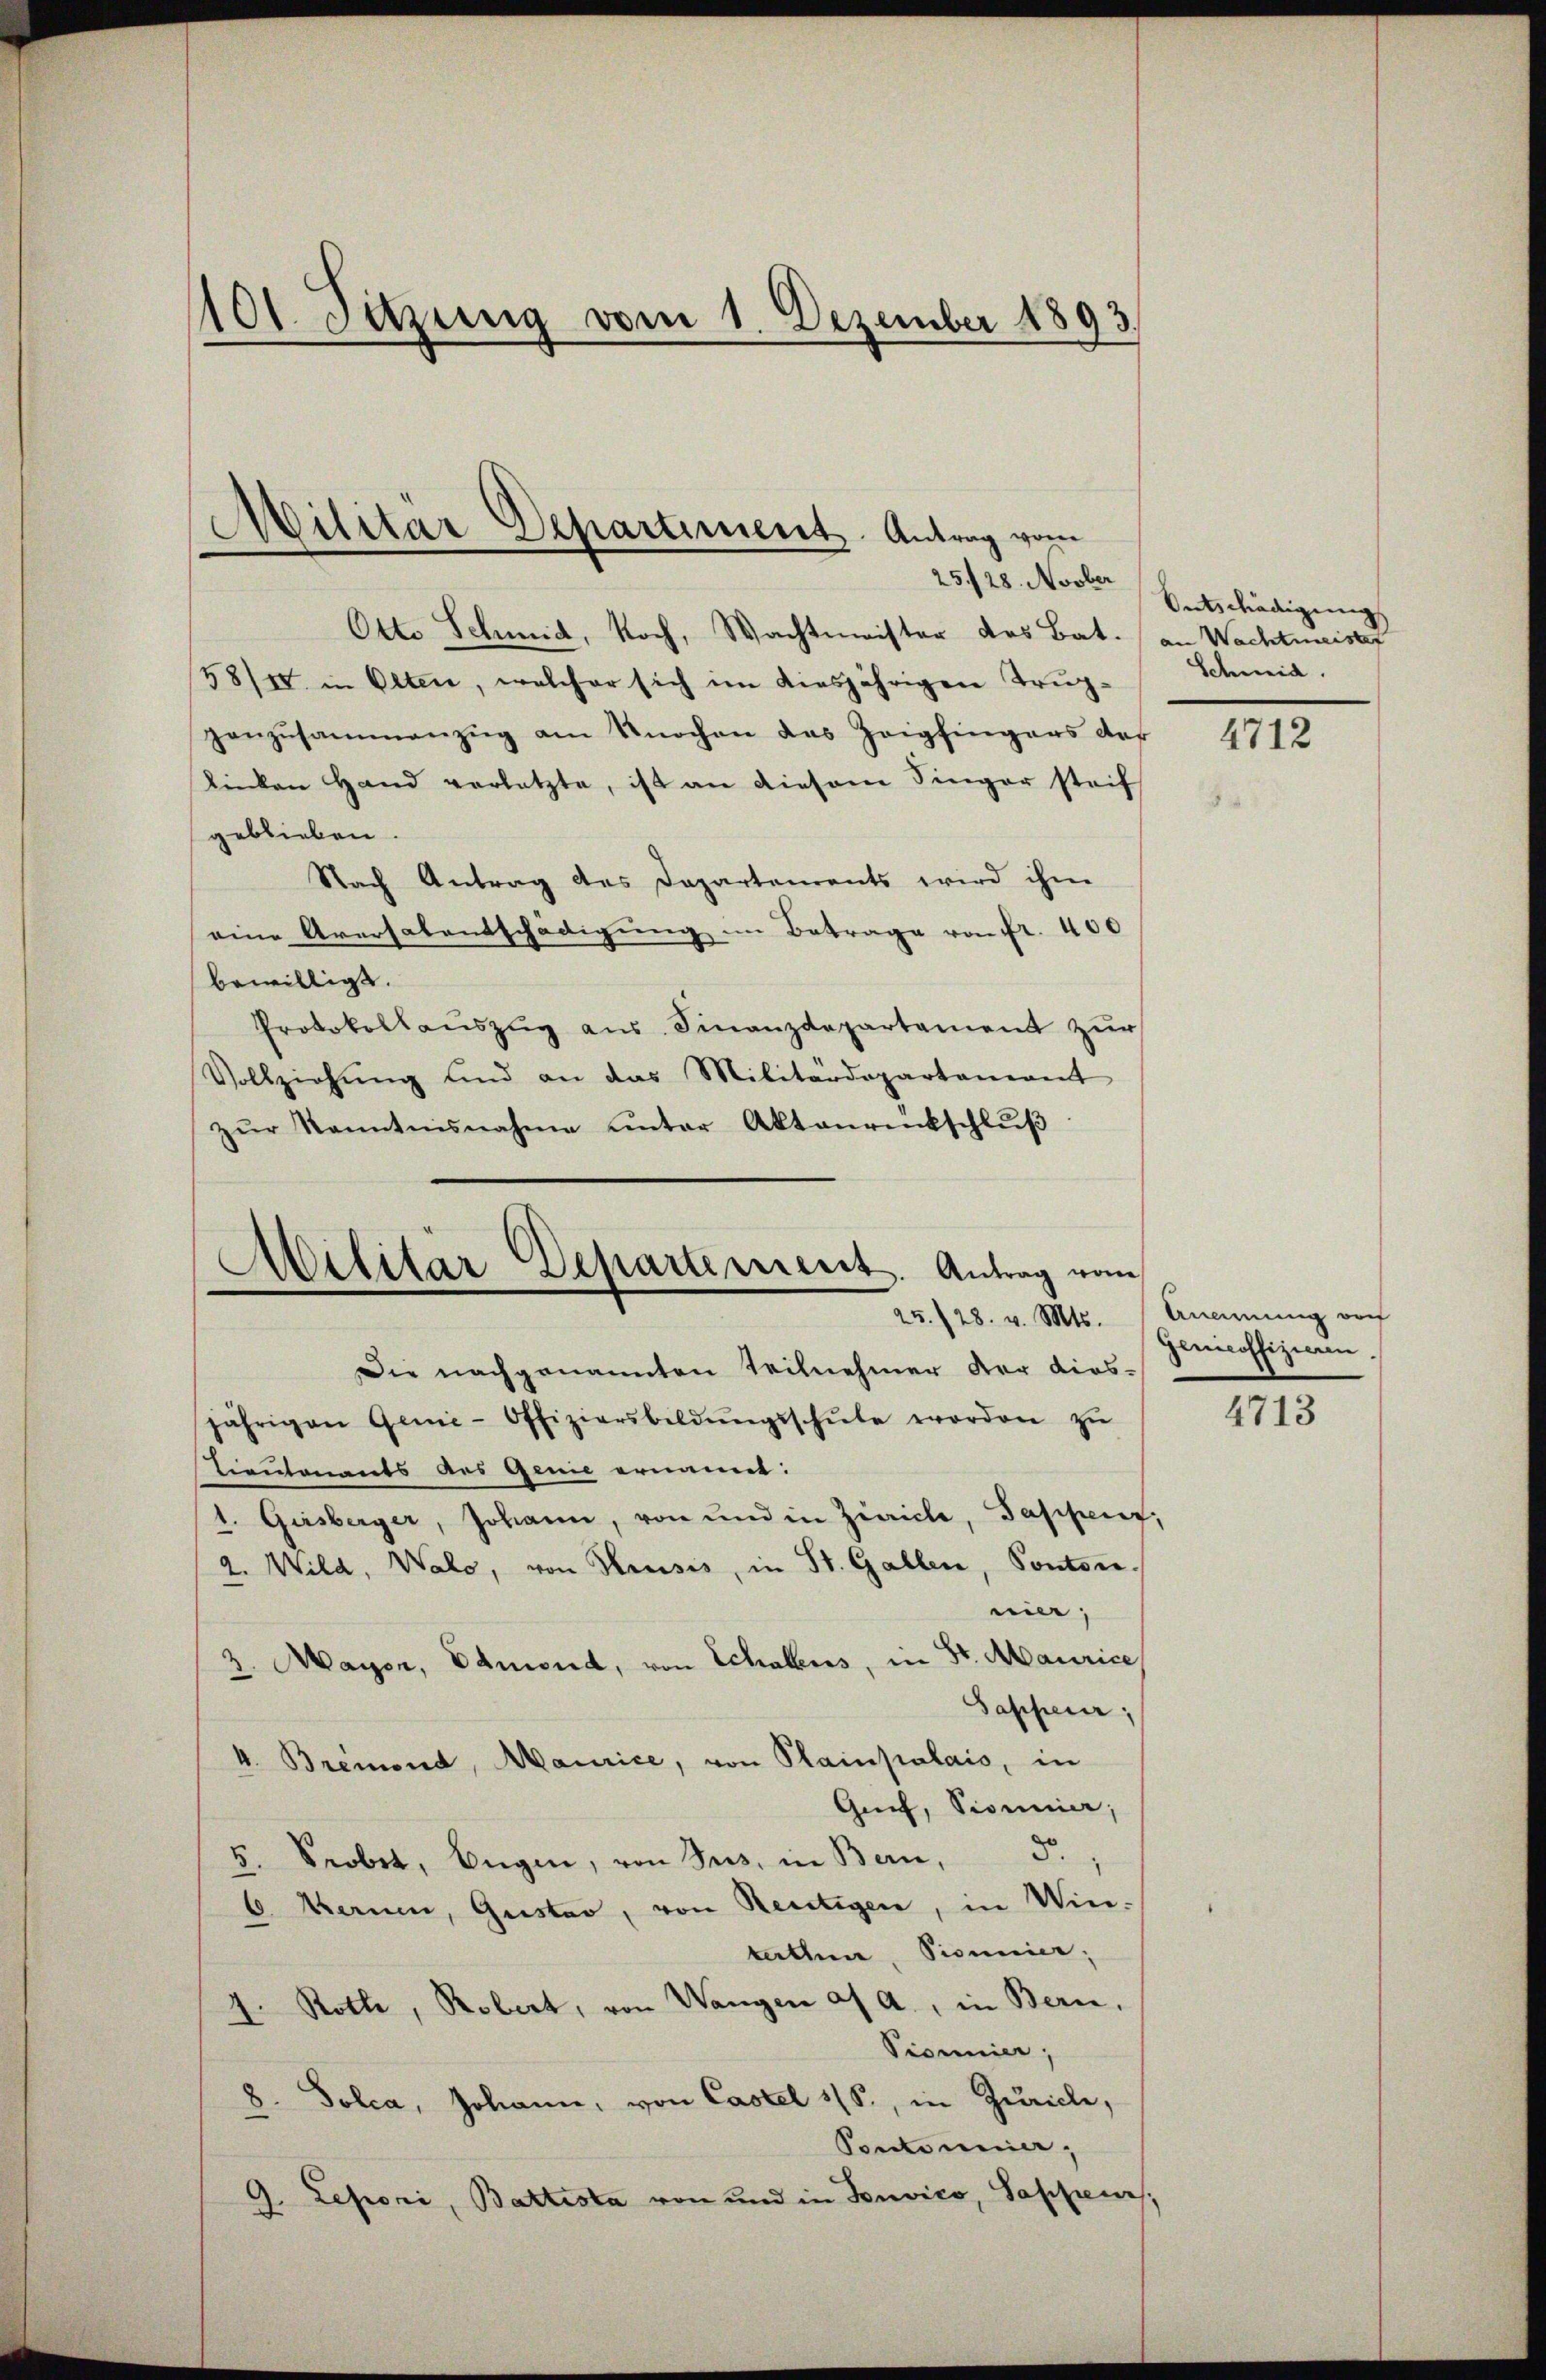
101 Sitzung vom 1. Dezember 1893

Militär Departiment Antrag vom
25/28. Novber

Otto Schmid, koch, Wachtmeister des Bat. an Wachtmeister
58/II in Olten, welcher sich im diesjährigen Trup¬
Hanzusammenzug am Knochen das Zeigfingers der
linken Hand verletzte, ist an diesem Singer steif
geblieben.
Nach Antrag des Dapartements wird ihm
eine Aversalentschädigŭng im Betrage von Fr. 400
bewilligt.
Protokollauszug aus. Finanzdepartement zur
Vollziehŭng und an das Militärdepartaneant
zŭr Kenntnisnahme unter Aktenrückschlŭβ
Die nachgenannten Teilnehmer der dies-
jährigen Gene-Offiziersbildŭngsschŭle worden zŭ
Tieutenants des Genie ernannt:
1. Girsberger, Johann, von und in Zürich, Taschen,
2. Wild, Wald, von Hausis, in St. Gallen, Ponton
ni;
3. Mayer, Edmond, von Schalers, in St. Maurice
Sappeur;
4. Bremond, Maurice, von Plainpalais, in
Guif, Pionier,
5.
5. Probet, Eugen, von Sees, in Bern,
6. Fernen, Gustav, von Reutigen, in Win-
terthun, Pionier;
2. Rothe, Robert, von Wangen a. a., in Bern,
Visumier;
8. Tolca, Johann, von Castel 118., in Zuricle,
Ponominier,
9. Lepori, Battista von und in Sonvico, Sappeurs,

Militär-Departement. Antrag vom

25. 128. v. Mts. (Anamung von

Entschädigung
Schmid.

4712

Genicoffizieren

4713